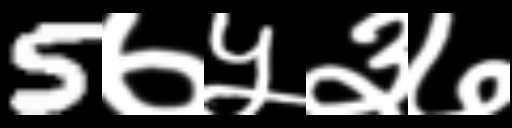
Text: 5७५३७